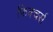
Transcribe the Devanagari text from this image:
फ़िक्चर्स